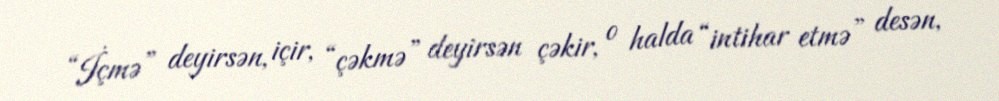
“İçmə” deyirsən, içir, “çəkmə” deyirsən çəkir, o halda “intihar etmə” desən,